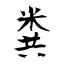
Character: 粪